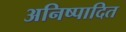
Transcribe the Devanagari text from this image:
अनिष्पादित